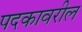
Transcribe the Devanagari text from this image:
पदकावरील